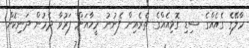
މާލޭގެ ގެއެއްގެ ސިޑި ގޮޅިއެއްގެ ތެރެއިން ފެނުނު މީހާއަށް ފަރުވާ ދެމުން ދަނިކޮށް